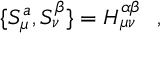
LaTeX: \{ { \cal S } _ { \mu } ^ { a } , { \cal S } _ { \nu } ^ { \beta } \} = { \cal H } _ { \mu \nu } ^ { \alpha \beta } \ \ ,